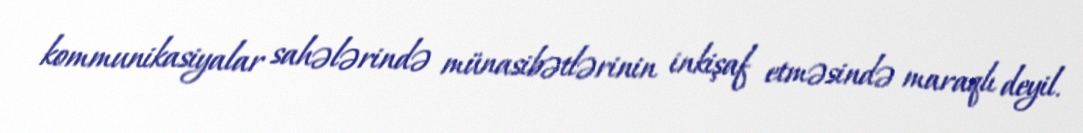
kommunikasiyalar sahələrində münasibətlərinin inkişaf etməsində maraqlı deyil.